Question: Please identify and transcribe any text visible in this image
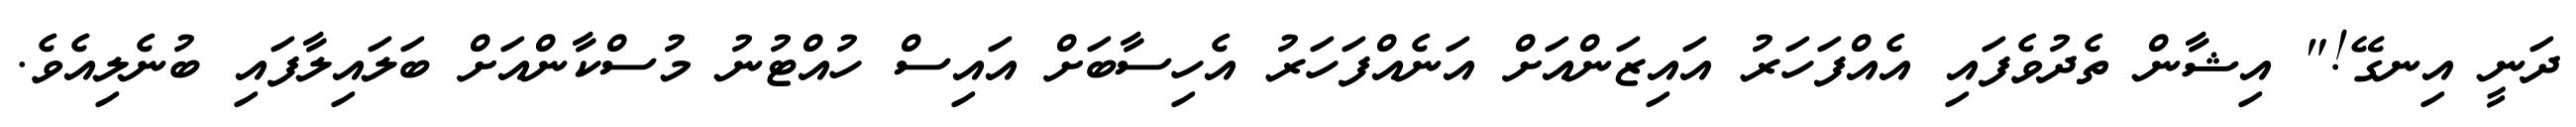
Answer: ދަނީ އިނގޭ!" އިޝާން ތެދުވެފައި އެއްފަހަރު އައިޒަންއަށް އަނެއްފަހަރު އެހިސާބަށް އައިސް ހުއްޓުނު މުސްކާންއަށް ބަލައިލާފައި ބުނެލިއެވެ.